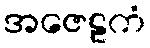
အဇေဠကံ